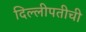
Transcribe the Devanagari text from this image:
दिल्लीपतीची